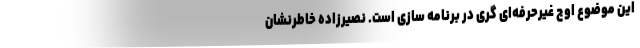
این موضوع اوج غیرحرفه‌ای گری در برنامه سازی است. نصیرزاده خاطرنشان